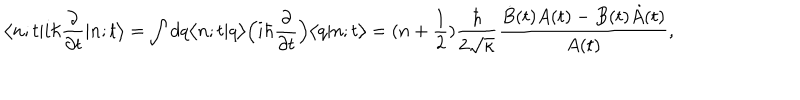
\bigl < n ; t | i \hbar \frac { \partial } { \partial t } | n ; t \bigr > = \int d q \bigl < n ; t | q \bigr > \Bigl ( i \hbar \frac { \partial } { \partial t } \Bigr ) \bigl < q | n ; t \bigr > = ( n + \frac { 1 } { 2 } ) \frac { \hbar } { 2 \sqrt { \kappa } } \frac { \dot { B } ( t ) A ( t ) - B ( t ) \dot { A } ( t ) } { A ( t ) } ,